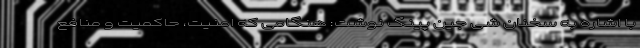
با اشاره به سخنان شی جین پینگ نوشت: هنگامی که امنیت، حاکمیت و منافع